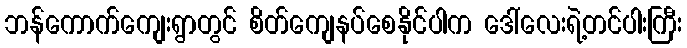
ဘန်ကောက်ကျေးရွာတွင် စိတ်ကျေနပ်စေနိုင်ပါက ဒေါ်လေးရဲ့တင်ပါးကြီး